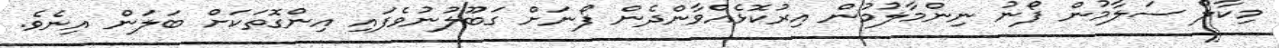
މިކާލް ސަލާމުން ފޯނު ނިންމާލުމުން އިރުކޮޅެއްވާންދެން ފޯނަށް ގަބޫލުނުވެފައި އިންގޮތަކަށް ބަލަން އިނެވެ.